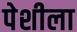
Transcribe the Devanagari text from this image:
पेशीला